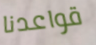
قواعدنا